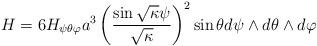
LaTeX: \begin{align*}H = 6 H_{\psi \theta \varphi} a^3 \left( \frac{\sin \sqrt{\kappa} \psi}{\sqrt{\kappa}} \right)^2 \sin \theta d\psi \wedge d \theta \wedge d \varphi\end{align*}